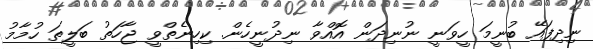
ނިދިފައޭ ބުނީމަ ހީވަނީ ނުނިދަން އޮއްވާ ނިދުނީހެން. ކިހިނެތްވީ ޖާހަތު ބަލީތަ ހުމާމު